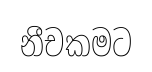
නීචකමට